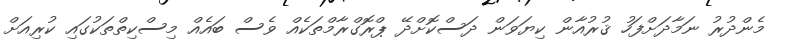
މެންދުރު ނަމާދަށްފަހު ޤުރުއާން ކިޔަވަން ދަސްކޮށްދޭ ޕްރޮގްރާމްތަކެއް ވެސް ބައެއް މިސްކިތްތަކުގައި ކުރިއަށް